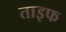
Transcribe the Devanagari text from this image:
ताइफ